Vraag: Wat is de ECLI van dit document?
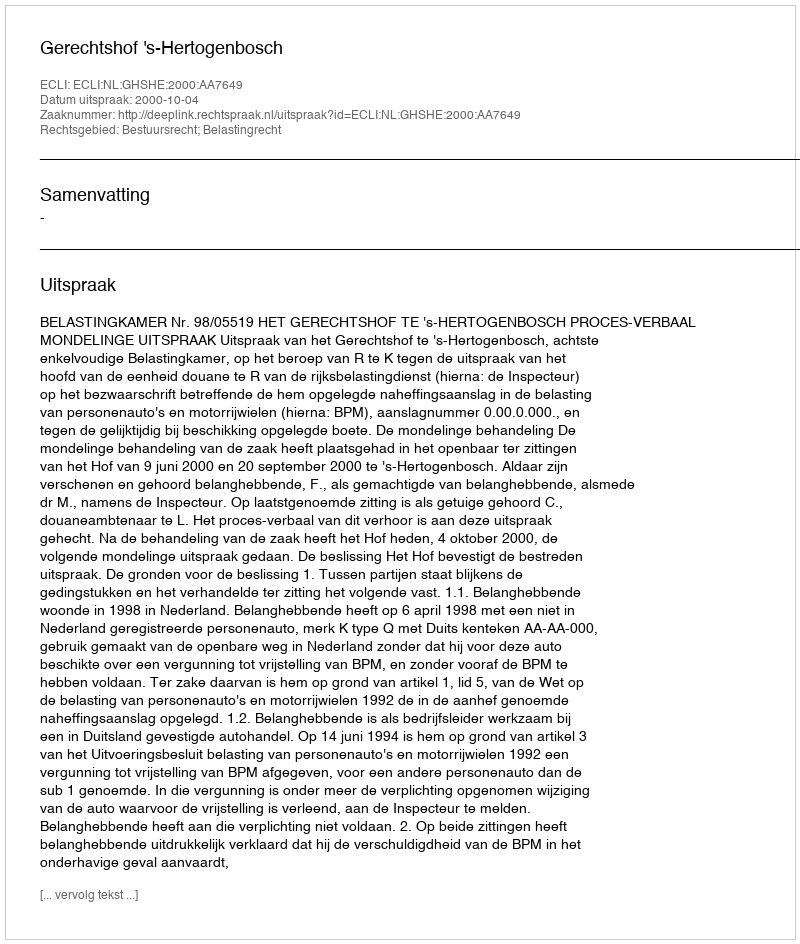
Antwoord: ECLI:NL:GHSHE:2000:AA7649